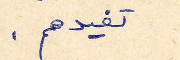
تفيدهم.